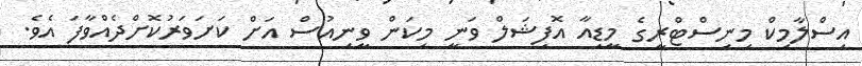
އިސްލާމިކް މިނިސްޓްރީގެ މީޑިއާ އޮފިޝަލް ވަނީ މިކަން ވީނިއުސް އަށް ކަށަވަރުކޮށްދެއްްވާފަ އެވެ.